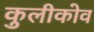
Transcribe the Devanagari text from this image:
कुलीकोव